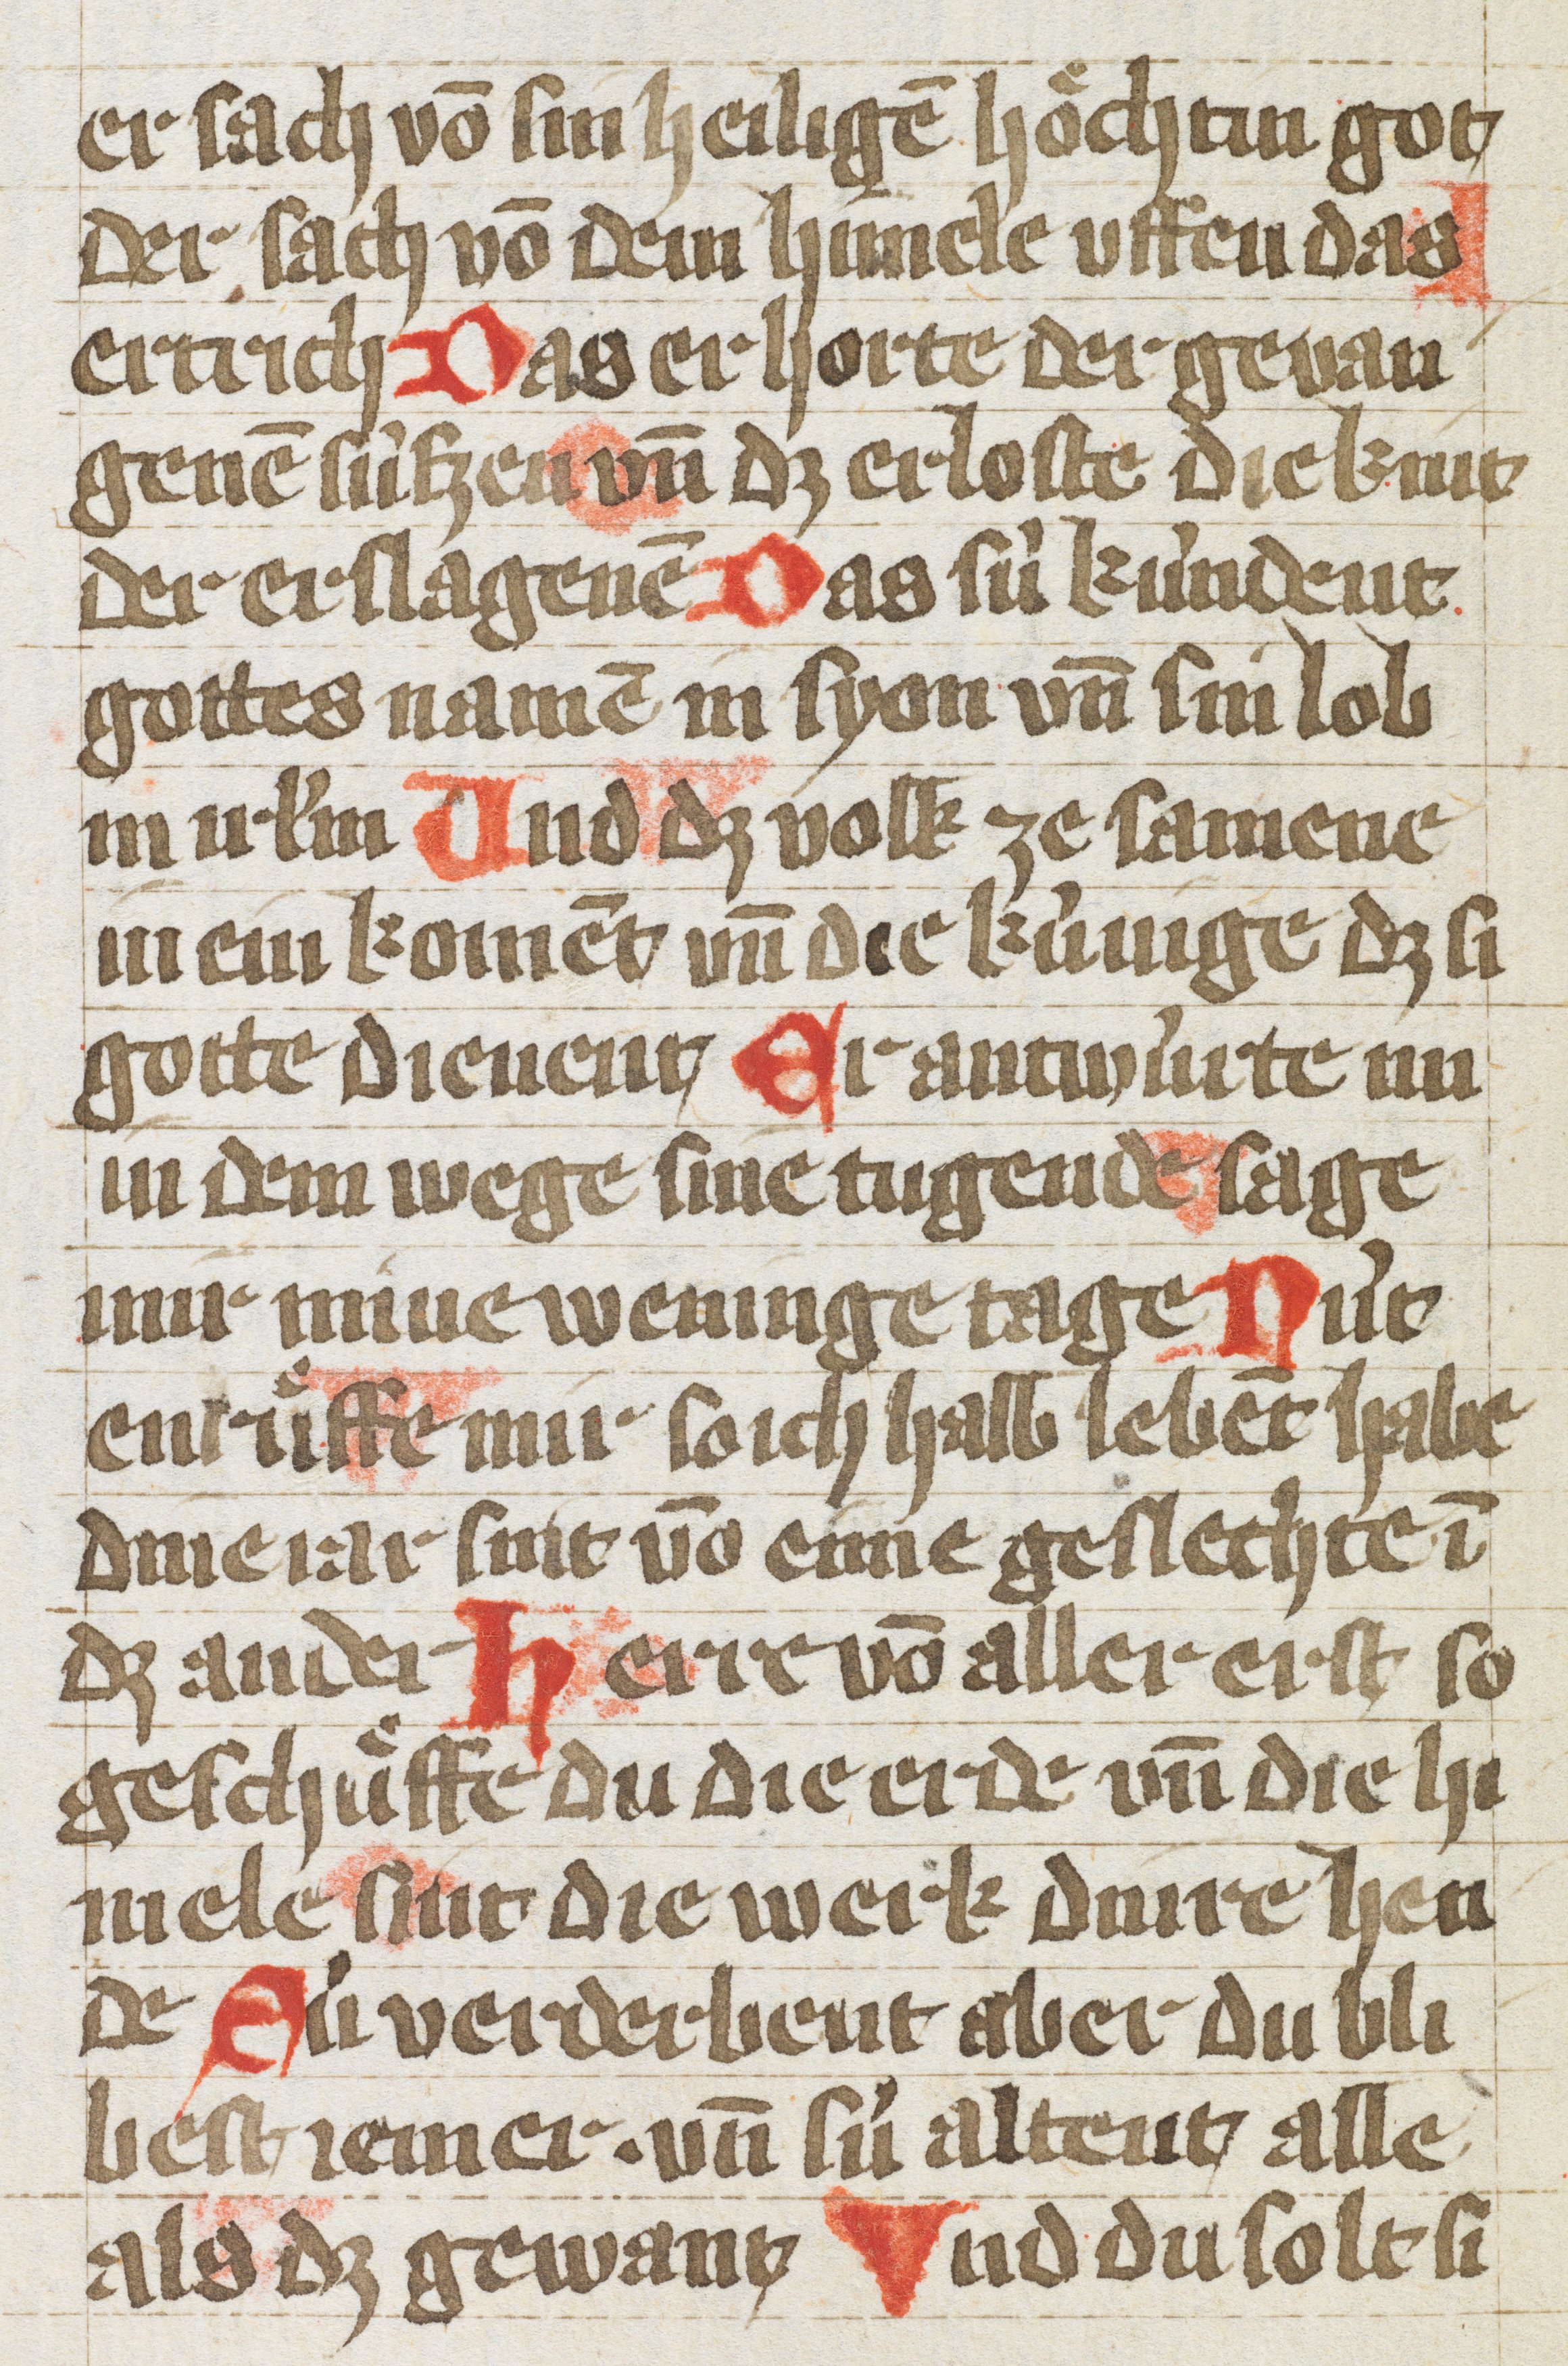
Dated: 1400–1430